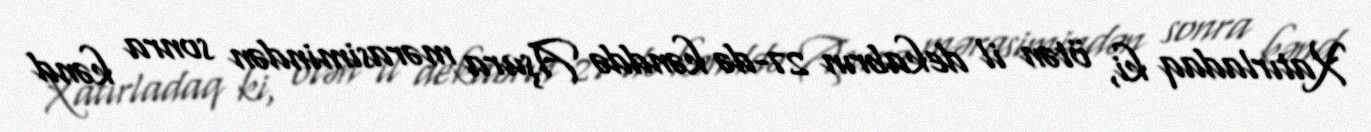
Xatırladaq ki, ötən il dekabrın 27-də kənddə Aşura mərasimindən sonra kənd